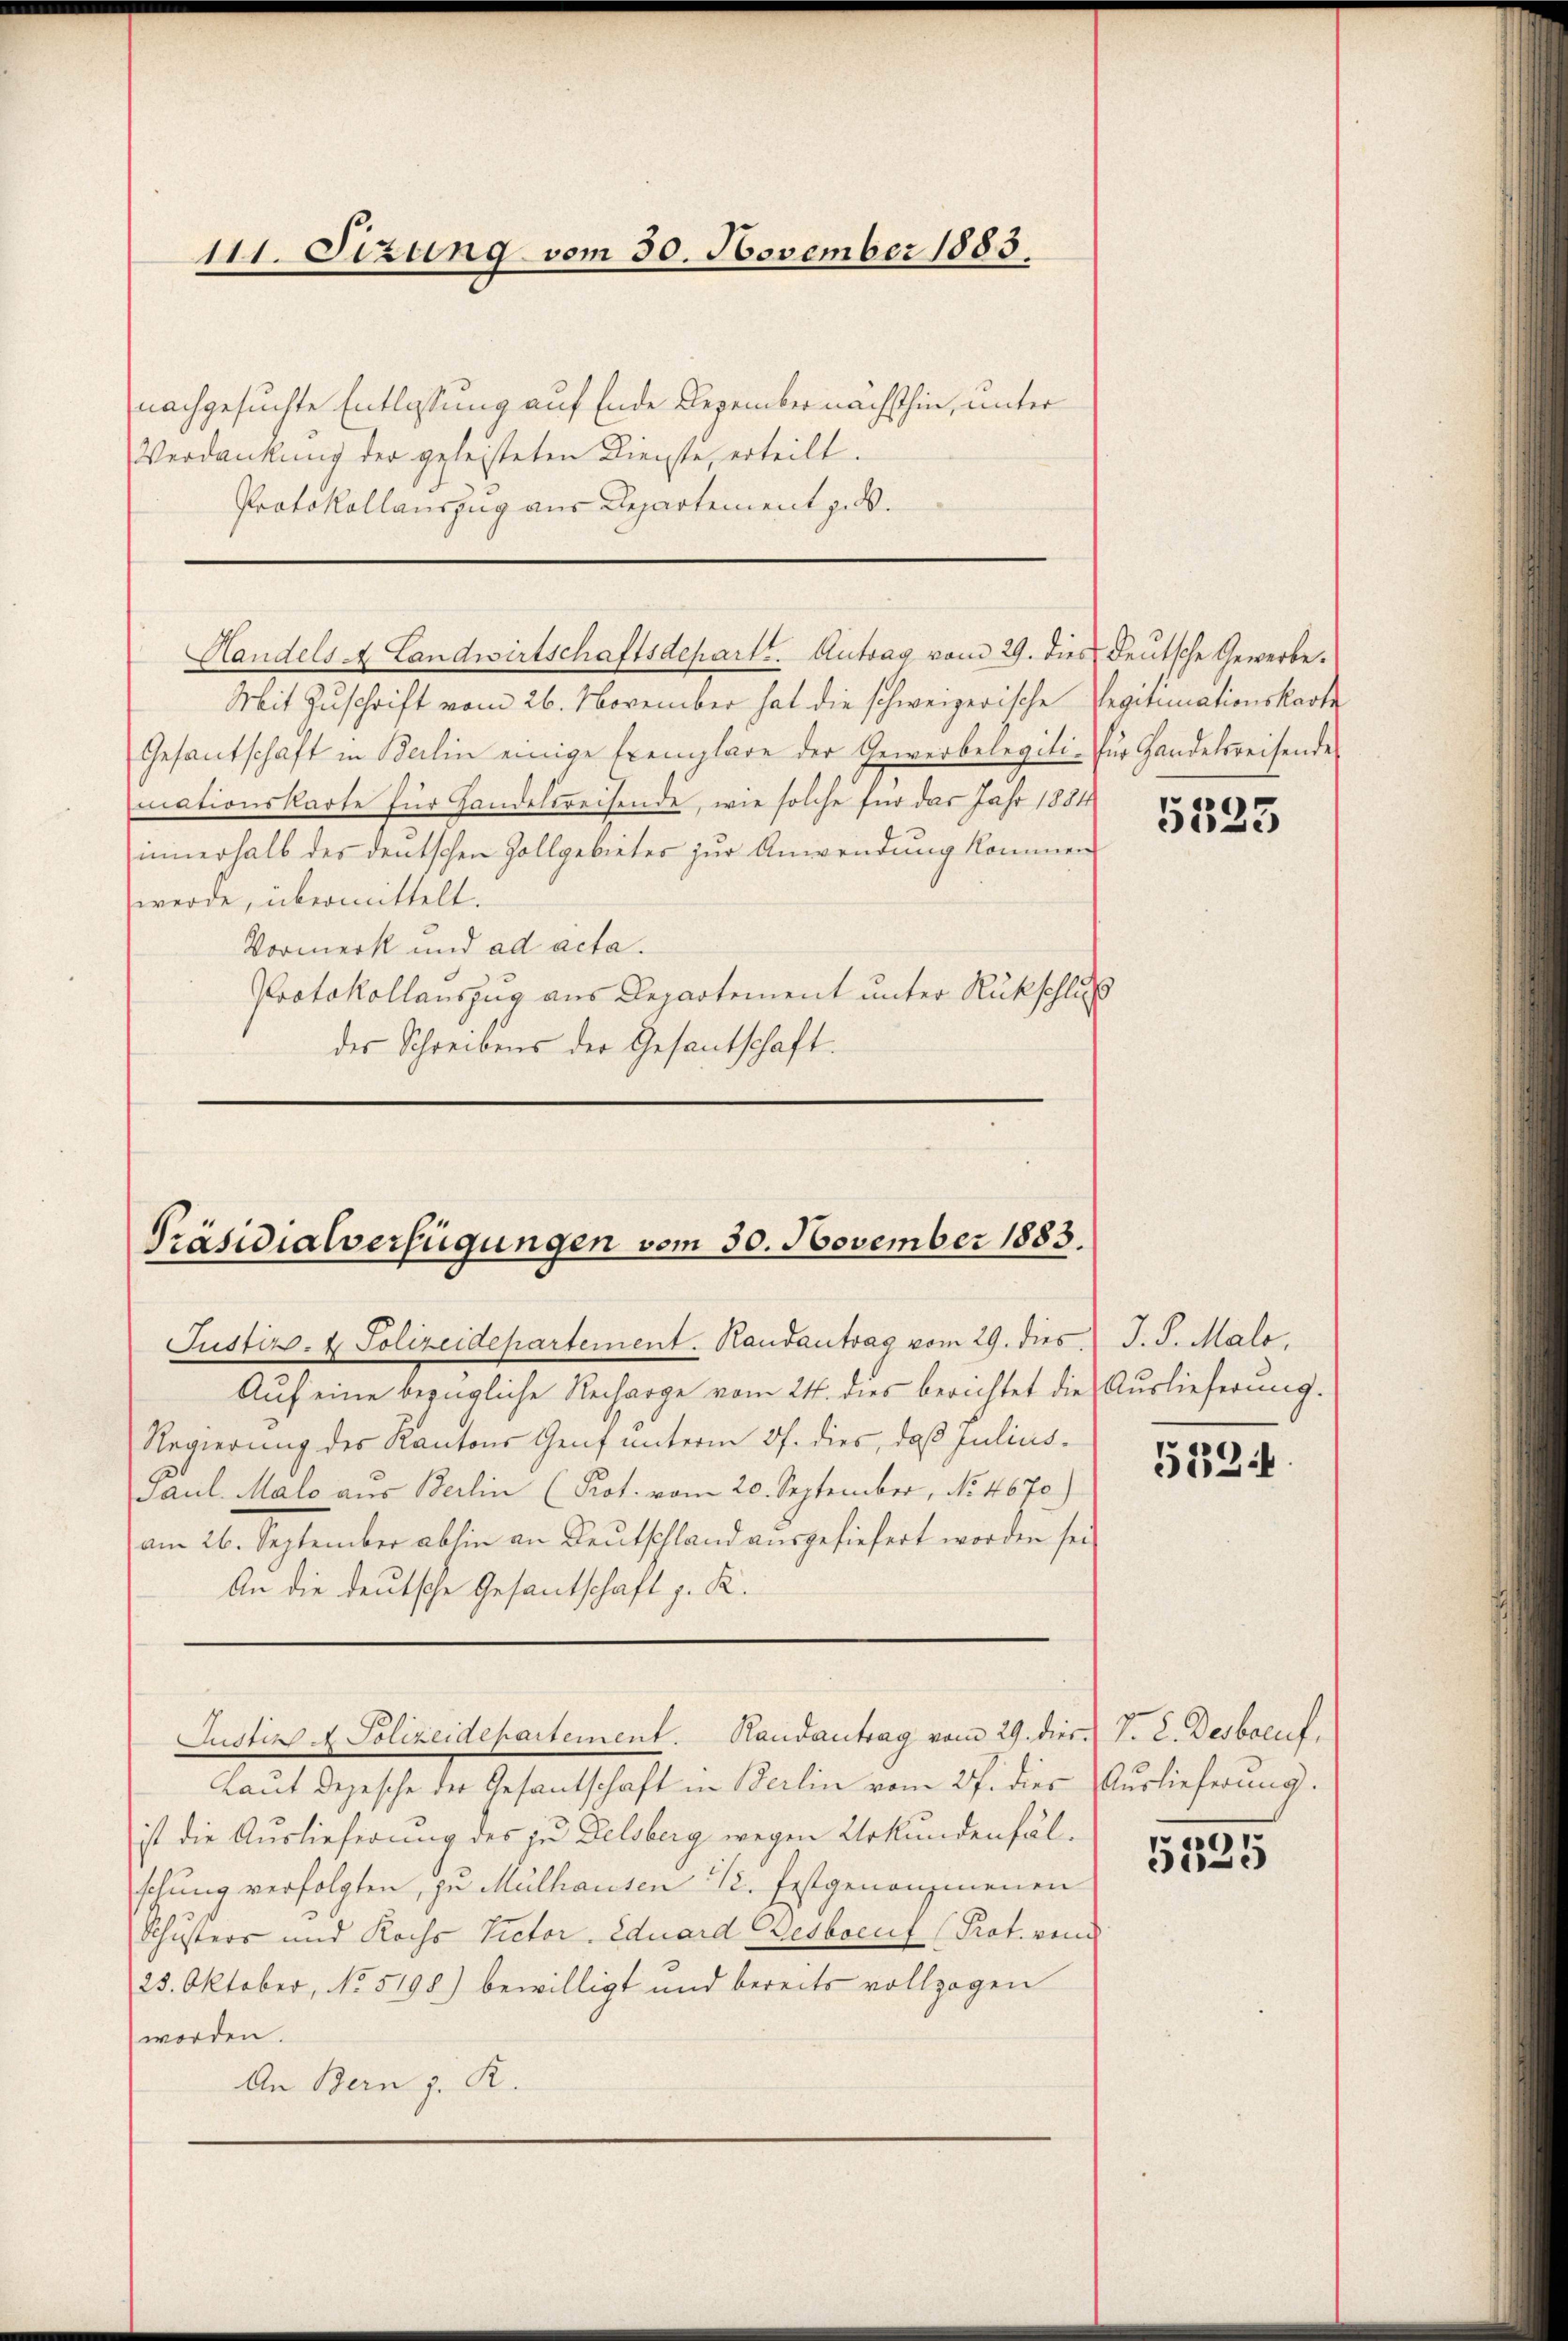
111. Setzung vom 30. November 1883.

nachgesuchte Entlassung auf Ende Dezember nächsthin, unter
Verdankung der geleisteten Dienste, erteilt.
Protokollauszug aus Departement zu¬

Handels A. Landwirtschaftsdepartt. Antrag vom 29. dies deutsche Gewerbe.

Mit Zuschrift vom 26. November hat die schweizerische Regitimationskarte
Gesantschaft in Berlin einige Exemplare der Gewerbelegiti- für Handelsreisende
mationskarte für Handelsreisende, wie solche für das Jahr 1884
innerhalb des deutschen Zollgebietes zur Anwendung kommen
werde, übermittelt.
Vormerk und ad acta.
Protokollauszug aus Departement unter Rückschluss
des Schreibens der Gesantschaft.

Präsidialverfügungen vom 30. November 1883.

Justins A. Polizeidepartement. Randantrag vom 29. dies. V. C. Desboeut.

Justiz- & Polizeidepartement. Randantrag vom 29. dies J. J. Malo,
Auf eine bezügliche Recharge vom 24. dies berichtet die Auslieferung.
Regierung des Kantons Genf unterm 27. dies, daß Julius-
Paul Malo aus Berlin (Prot. vom 20. September, No. 4670)
am 26. September abhin an Deutschland ausgeliefert worden sei
An die deutsche Gesantschaft z. R.
Laut Depesche der Gesantschaft in Berlin vom 27. dies Auslieferung.
ist die Auslieferung des zu Delsberg wegen Urkundenfälschung verfolgten, zu Mülhausen u. festgenommenen
Schusters und Kochs Victor. Eduard Besbocuf (Prot. von
25. Oktober, No 5198) bewilligt und bereits vollzogen
worden.
An Bern J. R.

5525

5524.

e
5.25